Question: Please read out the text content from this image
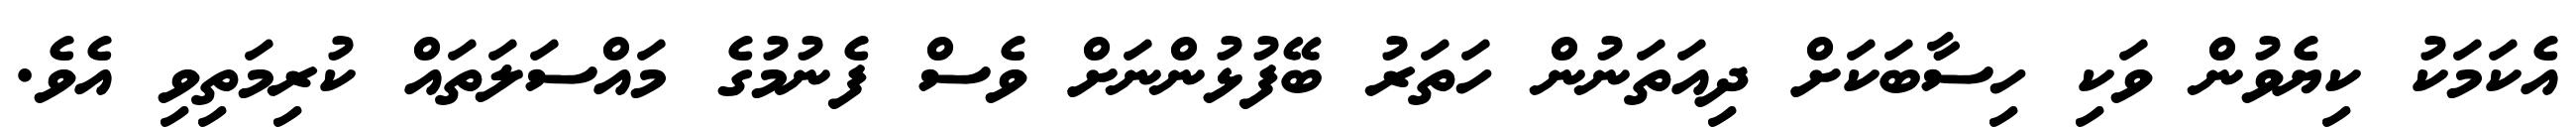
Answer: އެކަމަކު ކިޔެވުން ވަކި ހިސާބަކަށް ދިއަތަނުން ހަތަރު ބޭފުޅުންނަށް ވެސް ފެނުމުގެ މައްސަލަތައް ކުރިމަތިވި އެވެ.